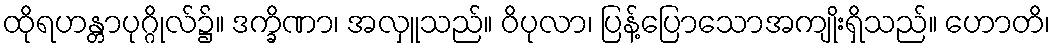
ထိုရဟန္တာပုဂ္ဂိုလ်၌။ ဒက္ခိဏာ၊ အလှူသည်။ ဝိပုလာ၊ ပြန့်ပြောသောအကျိုးရှိသည်။ ဟောတိ၊